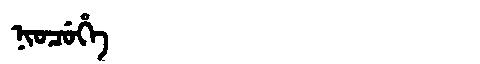
Manchu: ᠨᡳᠣᠴᡠᡥᡝ
Romanization: NIOCUHE